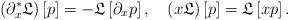
LaTeX: \begin{align*}\left( \partial_{x}^{\ast}\mathfrak{L}\right) \left[ p\right]=-\mathfrak{L}\left[ \partial_{x}p\right] ,\quad\left( x\mathfrak{L}\right) \left[ p\right] =\mathfrak{L}\left[ xp\right] . \end{align*}